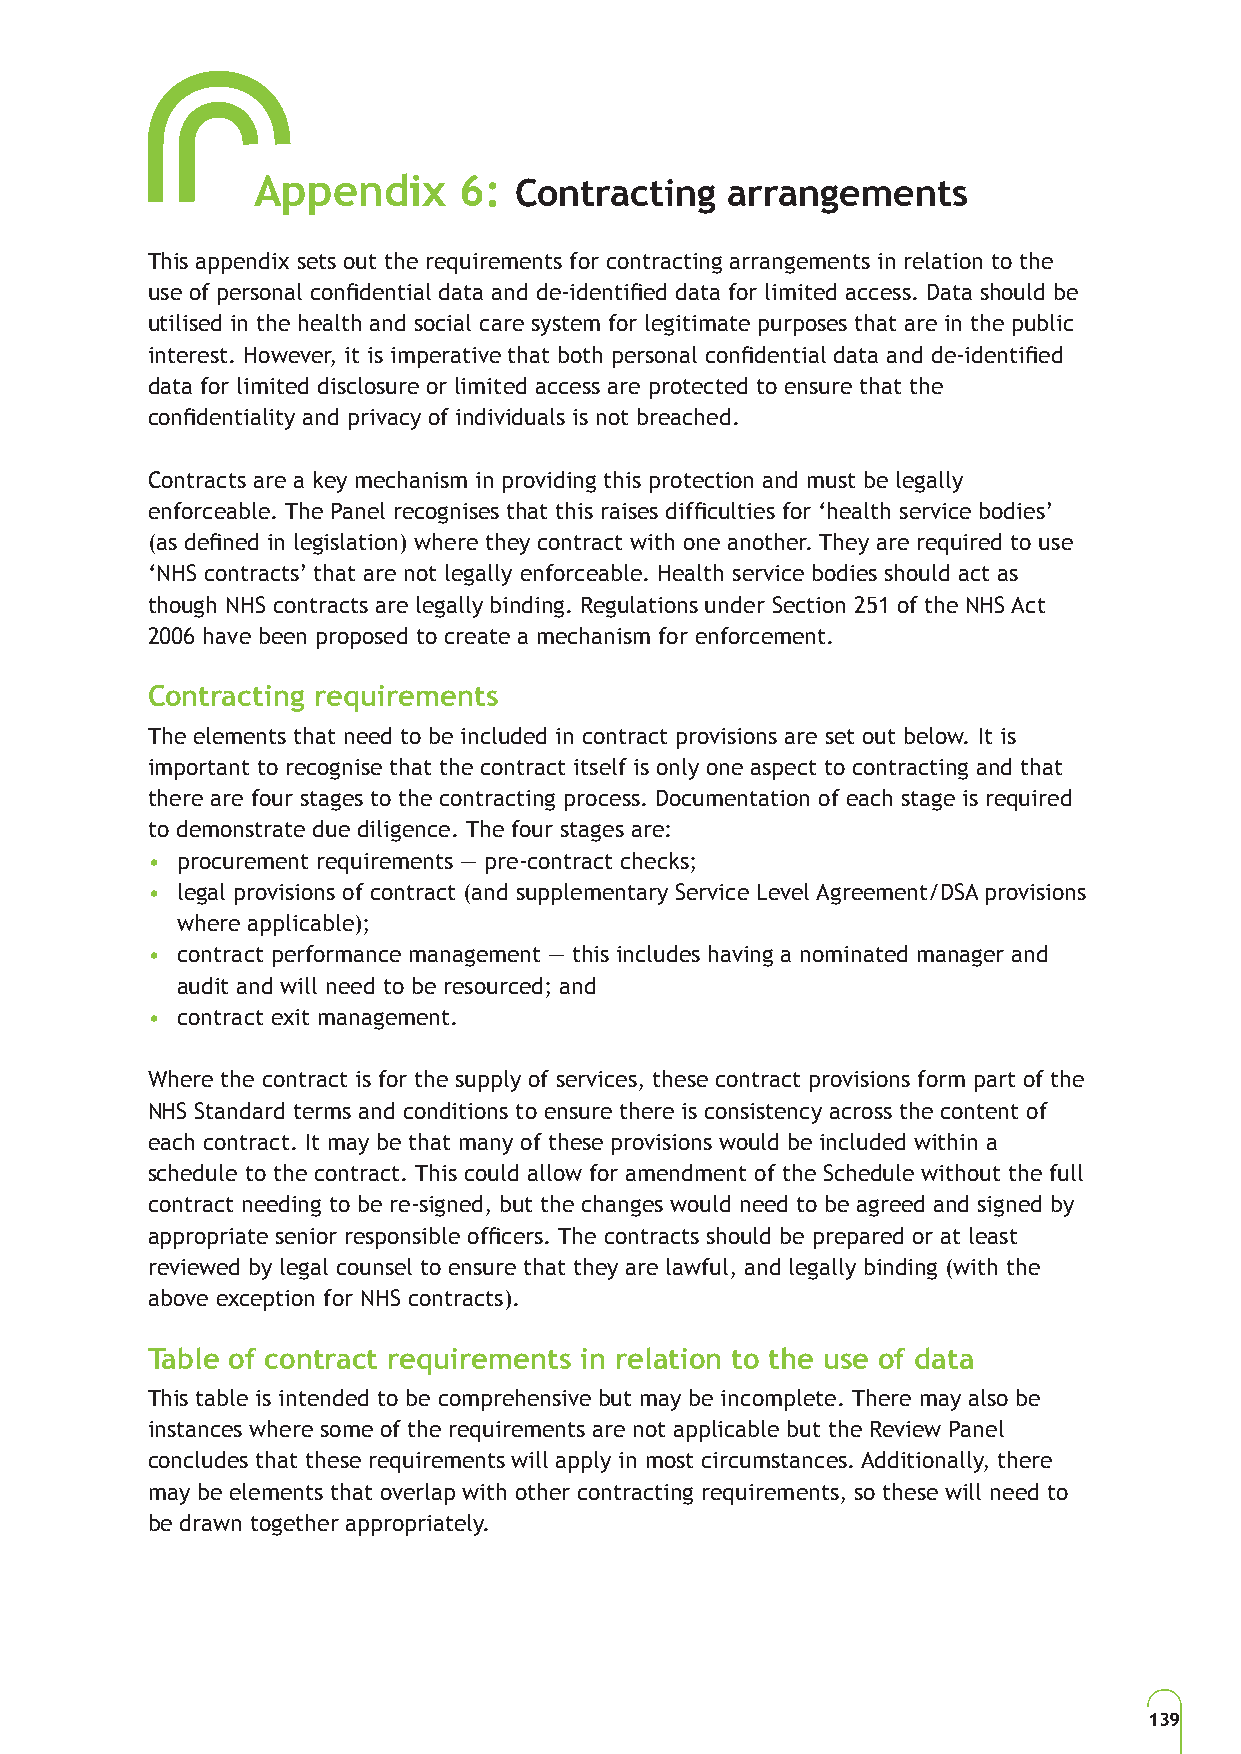
Appendix     6:  Contracting   arrangements
 This appendix sets out the requirements for contracting arrangements in relation to the
 use of personal confidential data and de-identified data for limited access. Data should be
 utilised in the health and social care system for legitimate purposes that are in the public
 interest. However, it is imperative that both personal confidential data and de-identified
 data for limited disclosure or limited access are protected to ensure that the
 confidentiality and privacy of individuals is not breached.
 Contracts are a key mechanism in providing this protection and must be legally
 enforceable. The Panel recognises that this raises difficulties for ‘health service bodies’
 (as defined in legislation) where they contract with one another. They are required to use
 ‘NHS contracts’ that are not legally enforceable. Health service bodies should act as
 though NHS contracts are legally binding. Regulations under Section 251 of the NHS Act
 2006 have been proposed to create a mechanism for enforcement.
 Contracting requirements
 The elements that need to be included in contract provisions are set out below. It is
 important to recognise that the contract itself is only one aspect to contracting and that
 there are four stages to the contracting process. Documentation of each stage is required
 to demonstrate due diligence. The four stages are:
 • procurement requirements — pre-contract checks;
 • legal provisions of contract (and supplementary Service Level Agreement/DSA provisions
 where applicable);
 • contract performance management — this includes having a nominated manager and
 audit and will need to be resourced; and
 • contract exit management.
 Where the contract is for the supply of services, these contract provisions form part of the
 NHS Standard terms and conditions to ensure there is consistency across the content of
 each contract. It may be that many of these provisions would be included within a
 schedule to the contract. This could allow for amendment of the Schedule without the full
 contract needing to be re-signed, but the changes would need to be agreed and signed by
 appropriate senior responsible officers. The contracts should be prepared or at least
 reviewed by legal counsel to ensure that they are lawful, and legally binding (with the
 above exception for NHS contracts).
 Table of contract requirements in relation to the use of data
 This table is intended to be comprehensive but may be incomplete. There may also be
 instances where some of the requirements are not applicable but the Review Panel
 concludes that these requirements will apply in most circumstances. Additionally, there
 may be elements that overlap with other contracting requirements, so these will need to
 be drawn together appropriately.
 139